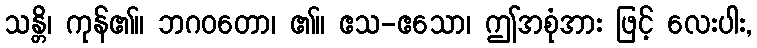
သန္တိ၊ ကုန်၏။ ဘဂဝတော၊ ၏။ ဧသ-ဧသော၊ ဤအစုံအား ဖြင့် လေးပါး,